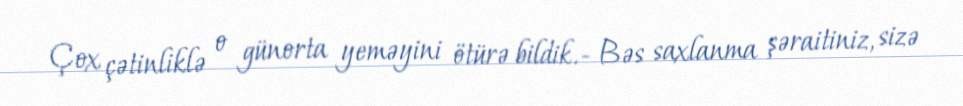
Çox çətinliklə o günorta yeməyini ötürə bildik.- Bəs saxlanma şəraitiniz, sizə